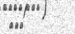
١٨١